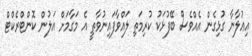
އިޢުލާނާ ގުޅިގެން އެއްވެސް ބޭފުޅަކު ކުރިމަތި ލައްވާފައިނުވާތީ އެ މަގާމަށް އަލުން ކޮންޓްރެކްޓް